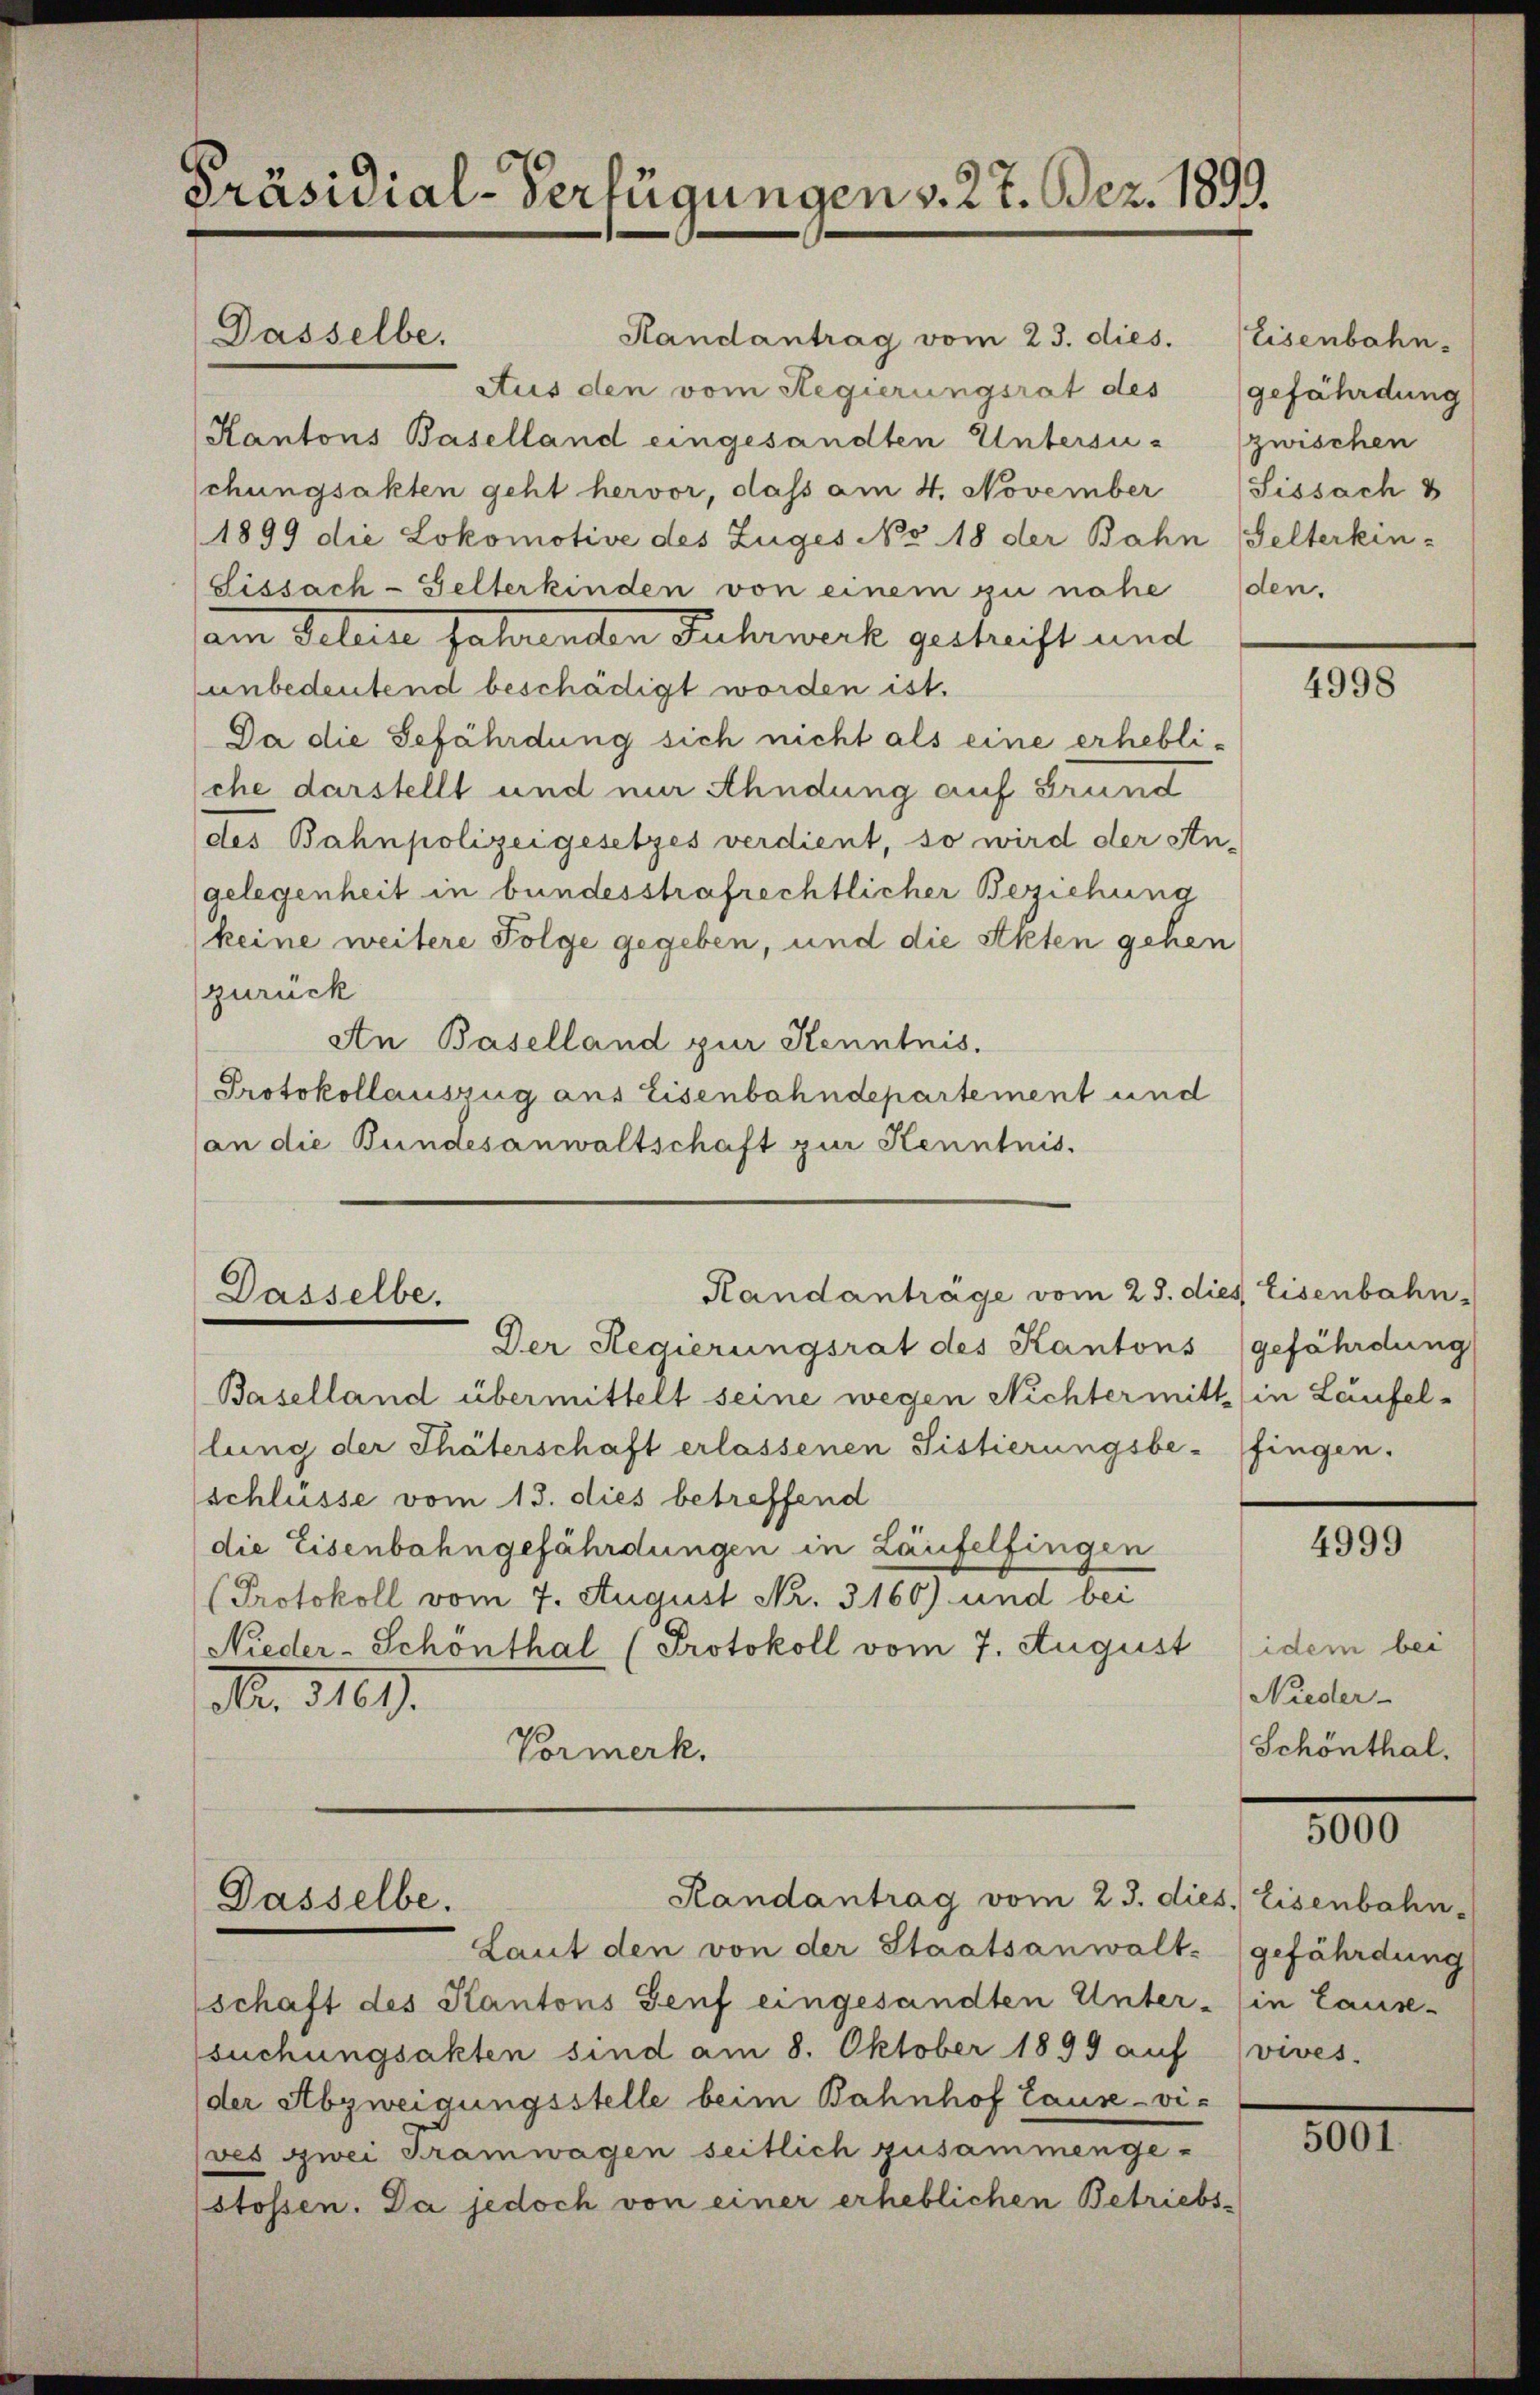
Präsidial-Verfügungen v. 27. Bez. 1899.

Dasselbe.

Randantrag vom 23. dies. Eisenbahn.
Aus den vom Regierungsrat des
Kantons Baselland eingesandten Untersu- (zwischen
schungsakten geht hervor, dass am 4. November
1899 die Lokomotive des Zuges No. 18 der Bahn Selterkin-
Fissach-Gelterkinden von einem zu nahe den
am Geleite fahrenden Fuhrwerk geschrift und
unbedeutend beschädigt worden ist.
Da die Gefährdung sich nicht als eine erhebliche darstellt und nur Ahndung auf Grund
des Bahnpolizeigesetzes verdient, so wird der An-
gelegenheit in bundesstrafrechtlicher Beziehung
keine weitere Folge gegeben, und die Akten gehen
zurück
An Baselland zur Kenntnis.
Protokollauszug aus Eisenbahndepartement und
(an die Bundesanwaltschaft zur Kenntnis.

Randanträge vom 23. dies Eisenbahn-
Dasselbe.

Der Regierungsrat des Kantons (gefährdung
Baselland übermittelt seine wegen Nichtermitt (in Laufel-
lung der Thäterschaft erlassenen Sistierungsbe-fingen.
schlüsse vom 13. dies betreffend
die Eisenbahngefährdungen in Laufelfingen
Protokoll vom 7. August Nr. 3160) und bei
Nieder-Schönthal (Protokoll vom 7. August
Nr. 3400.
Vormerk.

Laut den von der Staatsanwalt gefährdung
schaft des Kantons Genf eingesandten Unter - in Lause-
suchungsakten sind am 8. Oktober 1899 auf
der Abzweigungsstelle beim Bahnhof Lause - vives zwei Tramwagen seitlich zusammenge-
stossen. Da jedoch von einer erheblichen Betriebs-

Randantrag vom 23. dies. Eisenbahn
Dasselbe.

gefährdung
Sissach

4998

4999

idem bei
Nieder
Schönthal.

5000

vives.

3000